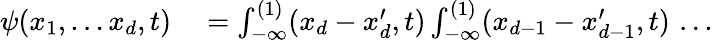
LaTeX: \begin{array}{rl}{\psi(x_{1},\dots x_{d},t)}&{{}=\int_{-\infty}^{(1)}(x_{d}-x_{d}^{\prime},t)\int_{-\infty}^{(1)}(x_{d-1}-x_{d-1}^{\prime},t)\, \dots}\end{array}